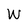
Character: W